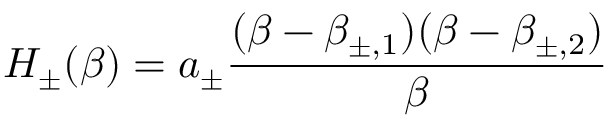
H _ { \pm } ( \beta ) = a _ { \pm } \frac { ( \beta - \beta _ { \pm , 1 } ) ( \beta - \beta _ { \pm , 2 } ) } { \beta }